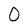
Character: O